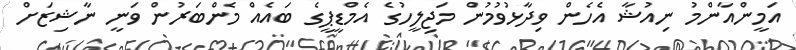
އަމީންއާންމު ނިއުޝާ އެހެން ވިދާޅުވުމުން މަޖިލީހުގެ އެމްޑީޕީގެ ބައެއް މެންބަރުން ވަނީ ނާޝިޒަށް